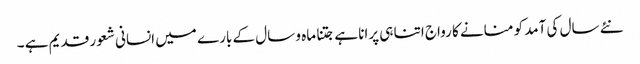
نئے سال کی آمد کو منانے کا رواج اتنا ہی پرانا ہے جتنا ماہ و سال کے بارے میں انسانی شعور قدیم ہے ۔